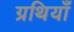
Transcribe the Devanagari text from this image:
ग्रथियाँ